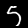
Label: 5